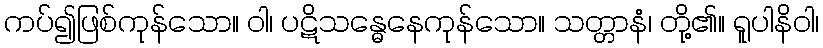
ကပ်၍ဖြစ်ကုန်သော။ ဝါ၊ ပဋိသန္ဓေနေကုန်သော။ သတ္တာနံ၊ တို့၏။ ရူပါနိဝါ၊